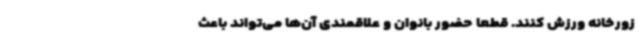
زورخانه ورزش کنند. قطعا حضور بانوان و علاقمندی آن‌ها می‌تواند باعث